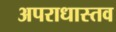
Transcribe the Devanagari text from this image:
अपराधास्तव